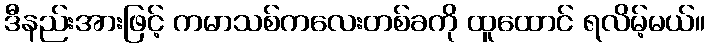
ဒီနည်းအားဖြင့် ကမာသစ်ကလေးတစ်ခကို ထူထောင် ရလိမ့်မယ်။